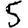
Digit: 5